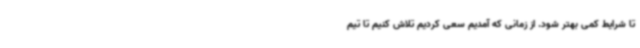
تا شرایط کمی بهتر شود. از زمانی که آمدیم سعی کردیم تلاش کنیم تا تیم